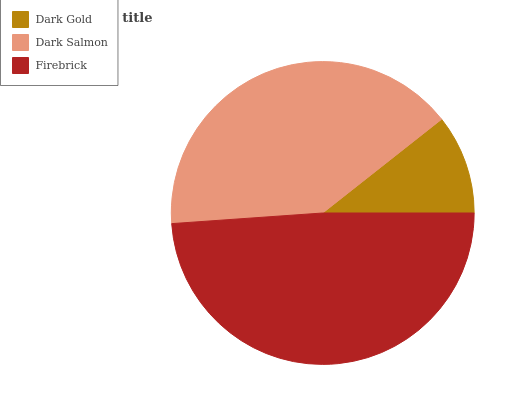
| Dark Gold | Dark Salmon | Firebrick |
 | --- | --- | --- |
 | 10.6% | 40.5% | 48.9% |